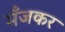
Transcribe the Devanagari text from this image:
मँजकर